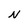
Character: N